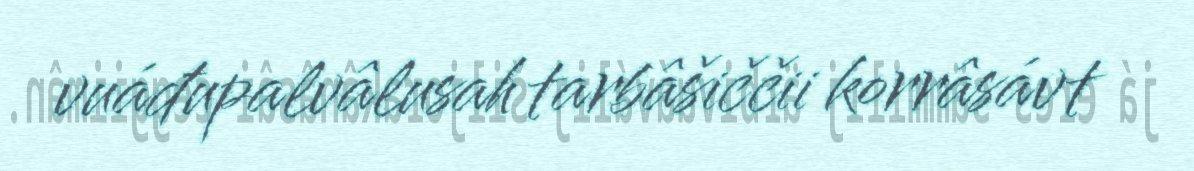
vuáđupalvâlusah tarbâšiččii korrâsávt